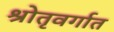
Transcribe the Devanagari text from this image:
श्रोतृवर्गात